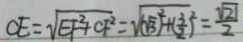
C E = \sqrt { E F ^ { 2 } + C F ^ { 2 } } = \sqrt { ( \sqrt { 3 } ) ^ { 2 } + ( \frac { 3 } { 2 } ) ^ { 2 } } = \frac { \sqrt { 2 1 } } { 2 }